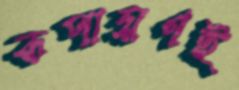
রূপায়ণই